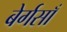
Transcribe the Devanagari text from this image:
बेर्गसाँ